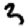
Digit: 3